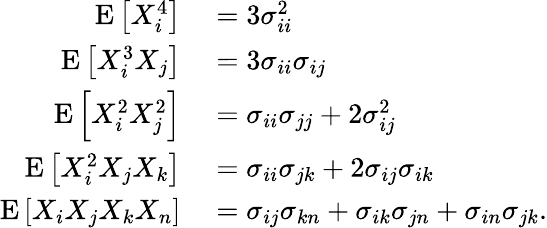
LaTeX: \begin{array}{rl}{\operatorname{E}\left[X_{i}^{4}\right]}&{{}=3\sigma_{ii}^{2}}\\ {\operatorname{E}\left[X_{i}^{3}X_{j}\right]}&{{}=3\sigma_{ii}\sigma_{ij}}\\ {\operatorname{E}\left[X_{i}^{2}X_{j}^{2}\right]}&{{}=\sigma_{ii}\sigma_{jj}+2\sigma_{ij}^{2}}\\ {\operatorname{E}\left[X_{i}^{2}X_{j}X_{k}\right]}&{{}=\sigma_{ii}\sigma_{jk}+2\sigma_{ij}\sigma_{ik}}\\ {\operatorname{E}\left[X_{i}X_{j}X_{k}X_{n}\right]}&{{}=\sigma_{ij}\sigma_{kn}+\sigma_{ik}\sigma_{jn}+\sigma_{in}\sigma_{jk}.}\end{array}